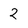
Character: 2